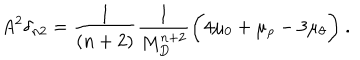
LaTeX: A ^ { 2 } \delta _ { n 2 } = \frac { 1 } { ( n + 2 ) } \frac { 1 } { M _ { D } ^ { n + 2 } } \bigg ( 4 \mu _ { 0 } + \mu _ { \rho } - 3 \mu _ { \theta } \bigg ) ~ .